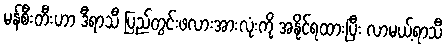
မန်စီးတီးဟာ ဒီရာသီ ပြည်တွင်းဖလားအားလုံးကို အနိုင်ရထားပြီး လာမယ့်ရာသီ